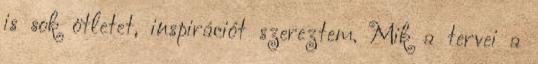
is sok ötletet, inspirációt szereztem. Mik a tervei a